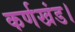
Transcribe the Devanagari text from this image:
कर्णखंड।